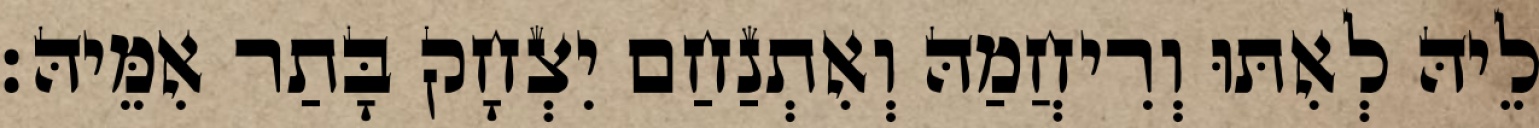
לֵיהּ לְאִתּוּ וְרִיחֲמַהּ וְאִתְנַחַם יִצְחָק בָּתַר אִמֵּיהּ׃